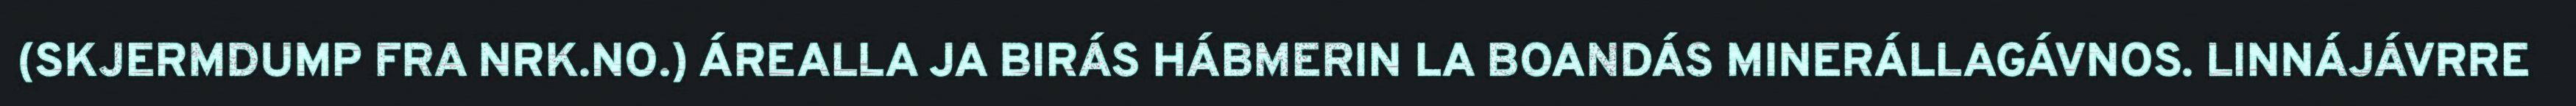
(SKJERMDUMP FRA NRK.NO.) ÁREALLA JA BIRÁS HÁBMERIN LA BOANDÁS MINERÁLLAGÁVNOS. LINNÁJÁVRRE